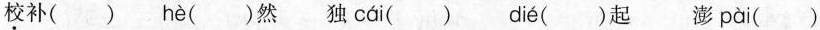
校补() hè ()然独 cái () dié ()起澎 pài ()